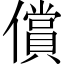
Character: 償